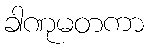
ခါဏုမတကာ